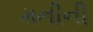
મનીની